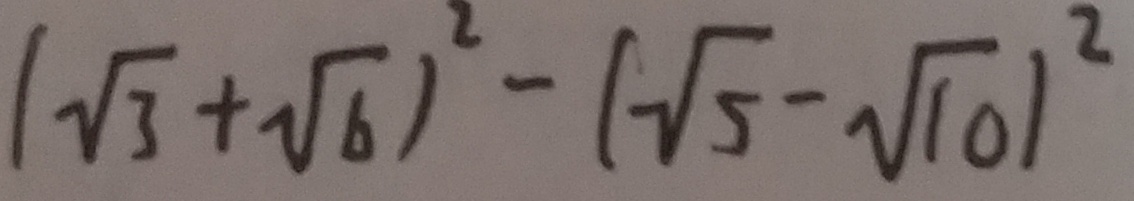
( \sqrt { 3 } + \sqrt { 6 } ) ^ { 2 } - ( \sqrt { 5 } - \sqrt { 1 0 } ) ^ { 2 }